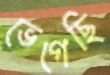
ভেগেছি